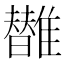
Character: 𩁀